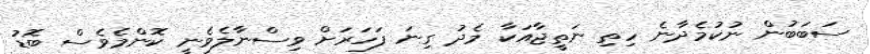
ސަބަބުން ނުކުމެދާނެ ހިތި ނަތީޖާއަކާ މެދު ގިނަ ފަހަރަށް ވިސްނާލެވެނީ ކޮންމެވެސް ބޮޑު